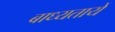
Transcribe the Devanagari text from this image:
बाध्यतायें